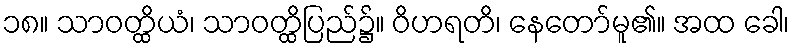
၁၈။ သာဝတ္ထိယံ၊ သာဝတ္ထိပြည်၌။ ဝိဟရတိ၊ နေတော်မူ၏။ အထ ခေါ၊